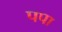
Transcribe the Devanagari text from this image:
पपा